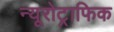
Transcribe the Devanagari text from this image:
न्यूरोट्राफिक